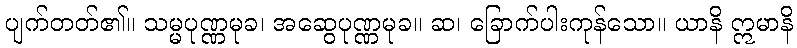
ပျက်တတ်၏။ သမ္မပုဏ္ဏမုခ၊ အဆွေပုဏ္ဏမုခ။ ဆ၊ ခြောက်ပါးကုန်သော။ ယာနိ ဣမာနိ